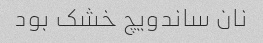
نان ساندویچ خشک بود